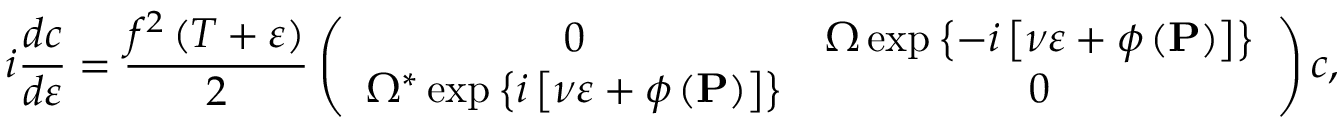
i \frac { d c } { d \varepsilon } = \frac { f ^ { 2 } \left( T + \varepsilon \right) } { 2 } \left( \begin{array} { c c } { 0 } & { \Omega \exp \left\{ - i \left[ \nu \varepsilon + \phi \left( \mathbf { P } \right) \right] \right\} } \\ { \Omega ^ { \ast } \exp \left\{ i \left[ \nu \varepsilon + \phi \left( \mathbf { P } \right) \right] \right\} } & { 0 } \end{array} \right) c ,